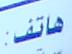
هاتف